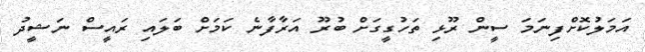
އަމަލުކޮށްފިނަމަ ސީން ރޫޅި ތަހުގީގަށް ބުރޫ އަރާފާނެ ކަމަށް ބަލައި ރައީސް ނަޝީދު